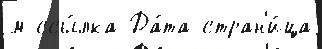
м ссы́лка Да́та стран'и́ца